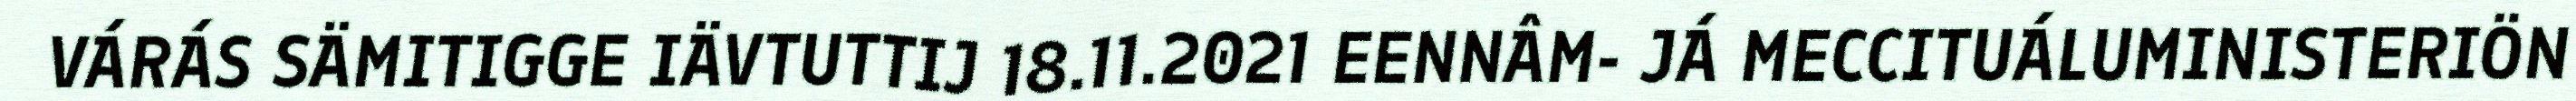
VÁRÁS SÄMITIGGE IÄVTUTTIJ 18.11.2021 EENNÂM- JÁ MECCITUÁLUMINISTERIÖN